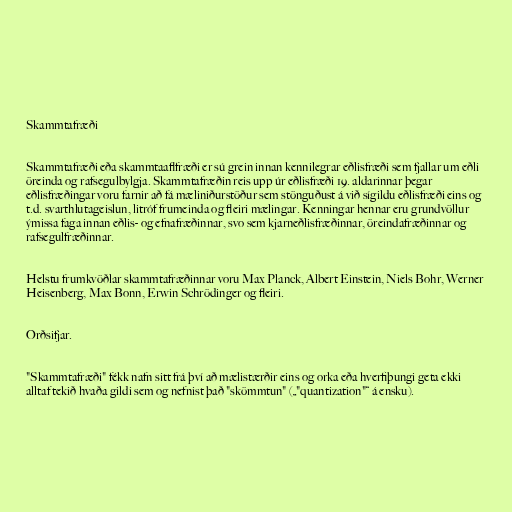
Skammtafræði

Skammtafræði eða skammtaaflfræði er sú grein innan kennilegrar eðlisfræði sem fjallar um eðli
öreinda og rafsegulbylgja. Skammtafræðin reis upp úr eðlisfræði 19. aldarinnar þegar
eðlisfræðingar voru farnir að fá mæliniðurstöður sem stönguðust á við sígildu eðlisfræði eins og
t.d. svarthlutageislun, litróf frumeinda og fleiri mælingar. Kenningar hennar eru grundvöllur
ýmissa faga innan eðlis- og efnafræðinnar, svo sem kjarneðlisfræðinnar, öreindafræðinnar og
rafsegulfræðinnar.

Helstu frumkvöðlar skammtafræðinnar voru Max Planck, Albert Einstein, Niels Bohr, Werner
Heisenberg, Max Bonn, Erwin Schrödinger og fleiri.

Orðsifjar.

"Skammtafræði" fékk nafn sitt frá því að mælistærðir eins og orka eða hverfiþungi geta ekki
alltaf tekið hvaða gildi sem og nefnist það "skömmtun" („"quantization"“ á ensku).